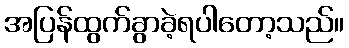
အပြန်ထွက်ခွာခဲ့ရပါတော့သည်။